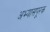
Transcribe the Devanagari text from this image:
अभ्यासपूरक